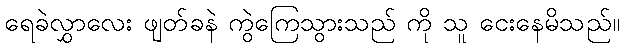
ရေခဲလွှာလေး ဖျတ်ခနဲ ကွဲကြေသွားသည် ကို သူ ငေးနေမိသည်။